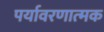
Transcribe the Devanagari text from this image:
पर्यावरणात्‍मक